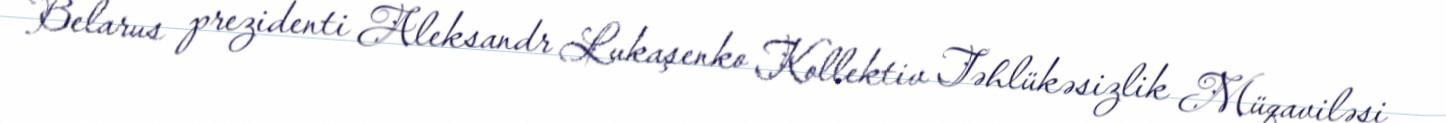
Belarus prezidenti Aleksandr Lukaşenko Kollektiv Təhlükəsizlik Müqaviləsi